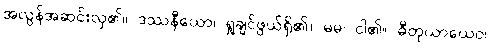
အလွန်အဆင်းလှ၏။ ဒဿနီယော၊ ရှုချင်ဖွယ်ရှိ၏။ မမ၊ ငါ၏။ ဓီတုယာယေဝ၊